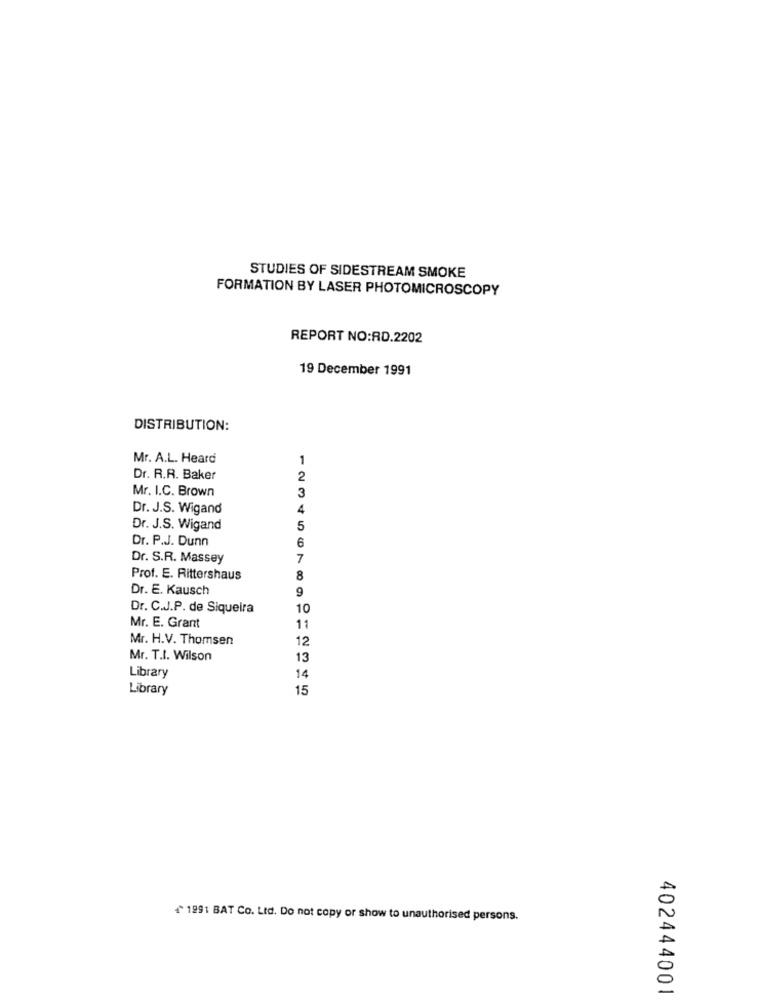
STUDIES OF SIDESTREAM SMOKE
FORMATION BY LASER PHOTOMICROSCOPY
REPORT NO:RD.2202
19 December 1991
DISTRIBUTION:
Mr. A.L. Heard
1
Dr. R.R. Baker
2
Mr. I.C. Brown
3
Dr. J.S. Wigand
4
Dr. J.S. Wigand
5
Dr. P.J. Dunn
6
Dr. S.R. Massey
7
Prof. E. Rittershaus
8
Dr. E. Kausch
9
Dr. C.J.P. de Siqueira
10
Mr. E. Grant
11
Mr. H.V. Thomsen
12
Mr. T.I. Wilson
13
Library
14
Library
15
~ 1991 BAT Co. Ltd. Do not copy or show to unauthorised persons.
402444001